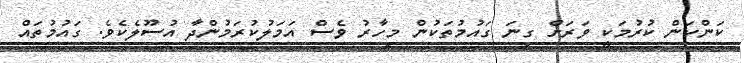
ކަންކަން ކުރުމަކީ ވަރަށް ގިނަ ގައުމުތަކުން މިހާރު ވެސް އަމަލުކުރަމުންދާ އުސޫލެކެވެ. ގައުމުތައް